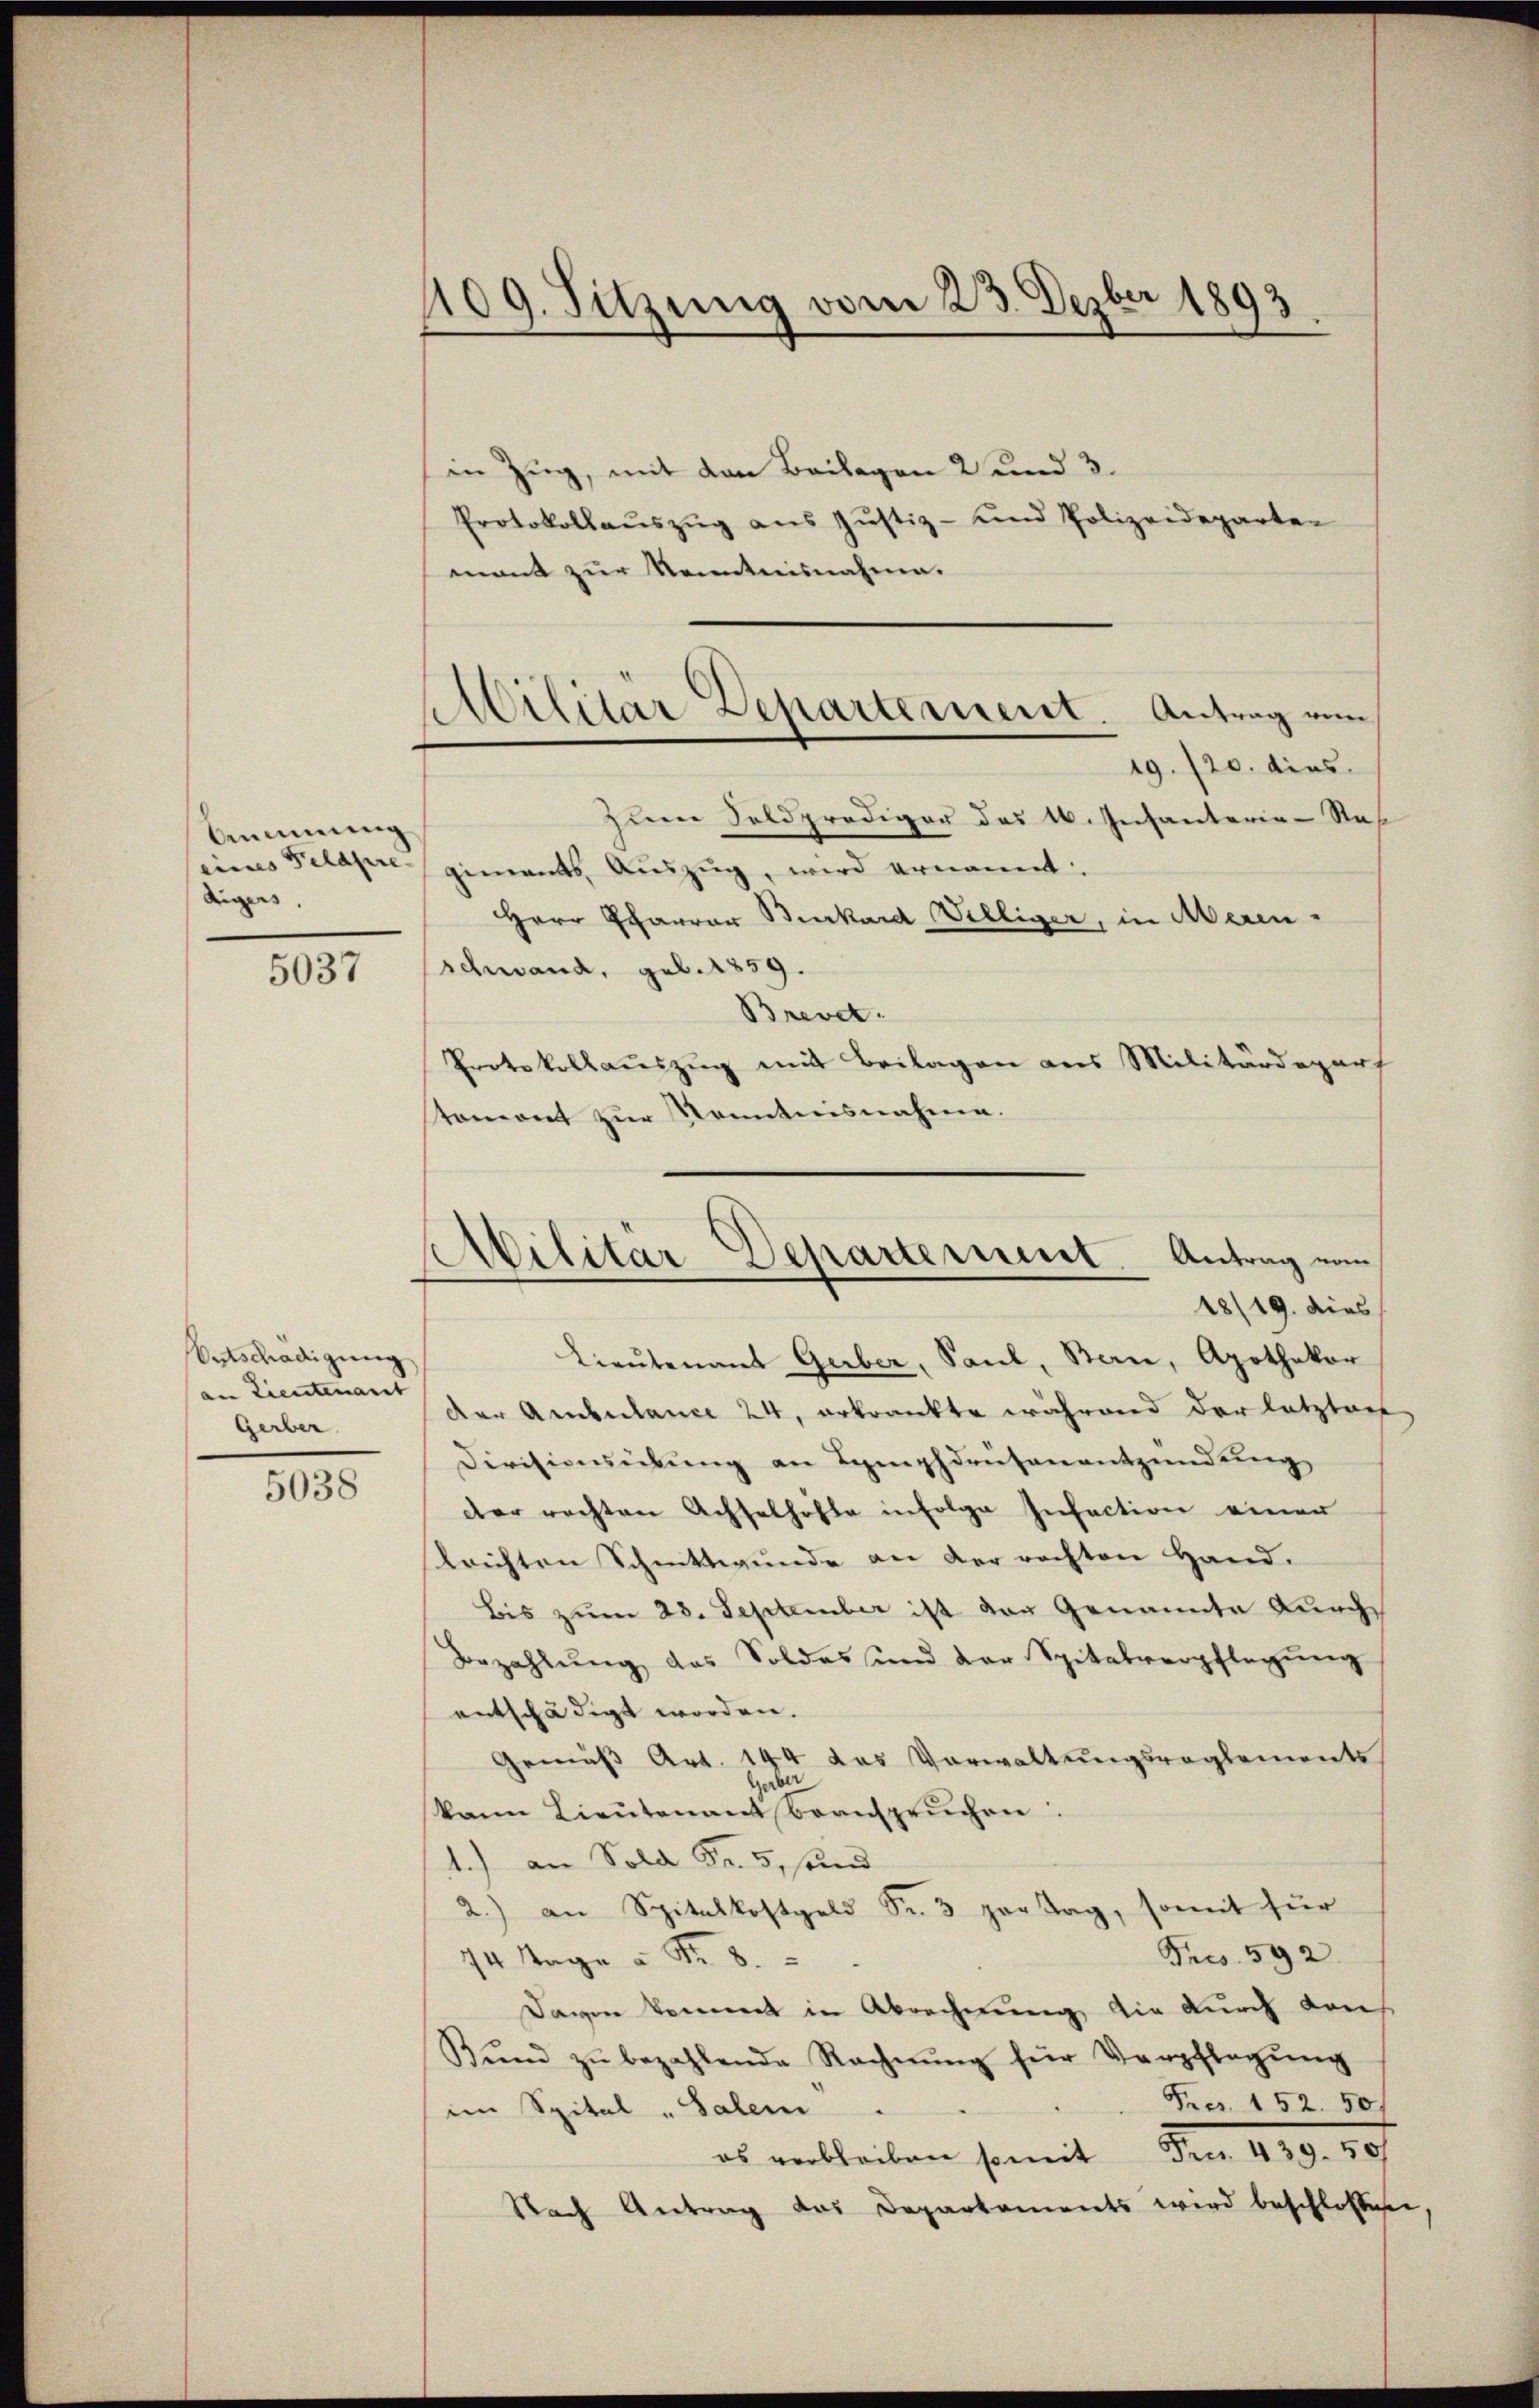
Bemmung
eines Feldpre-
digers,

5037

Entschädigung
an Lieutenannt
Gerber

5038

109. Sitzung vom 23. Dezbr 1893

Militär Departement. Antrag von

in Zug, mit den Beilagen 2 und 3.
Protokollaŭszŭg aŭs Jŭstiz- und Polizeideparten
mant zur Kenntnisnahme.
19. 120. dies
zum Seldprediger das 16. Infanterie-Res
giments Aŭszŭg, wird ernannt
Herr Pfarrer Burkard Williger, in Merinschwand, geb. 1859.
Brevet.
Protokollauszug mit Beilagen aus Militärdepart
stomont zur Kenntnisnahme.
Lieutenant Gerber, Saul, Bern, Apothekar
der Ambulance 24, erkrankte während der letzten
Divisionsübung an Lymphdrüsenentzündung
der rechten Achselhofe infolge Infection einer
trichten Schnittwunde an der rechten Hand.
bis zum 23. September ist der Genannte Lunch
Bezahlŭng das Soldes und der Spitalverpflegŭng
entschädigt worden.
Gemäss Art. 144 das Vorwaltungsreglements
kann Lieutenant beanspruchen:
1.) an Sold Fr. 5, sand
2.) an Spitalkostgeld Fr. 3 par Tag, somit für
Frcs. 592.
14 Tage à Fr. 8.
Davon kommt in Abrechnung die durch Kreis
Bŭnd zŭ bezahlende Rechnŭng für Verpflegŭng
Fres. 152. 501
im Spital-Salem
es erbleiben somit den 139. 89
Nach Antrag das Departements wird beschlossen

Militär-Departement. Antrag vom
18/19. dies